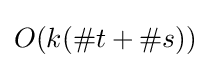
O(k(\#t+\#s))